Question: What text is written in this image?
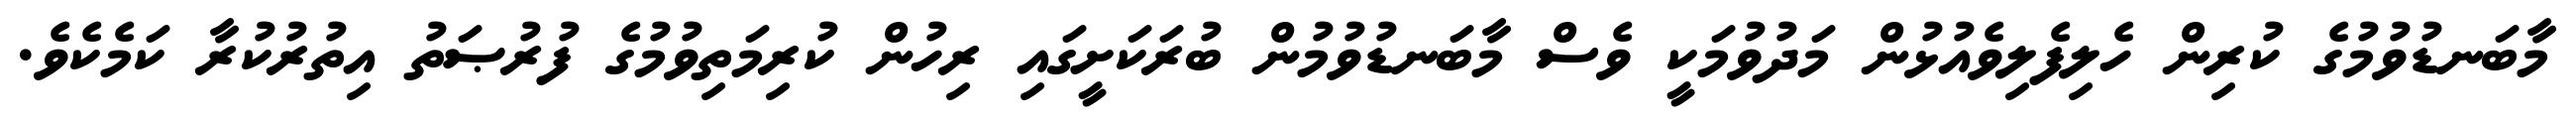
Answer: މާބަނޑުވުމުގެ ކުރިން ހެލިފެލިވެއުޅުން މަދުވުމަކީ ވެސް މާބަނޑުވުމުން ބުރަކަށީގައި ރިހުން ކުރިމަތިވުމުގެ ފުރުޞަތު އިތުރުކުރާ ކަމެކެވެ.